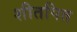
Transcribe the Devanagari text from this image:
शीतपित